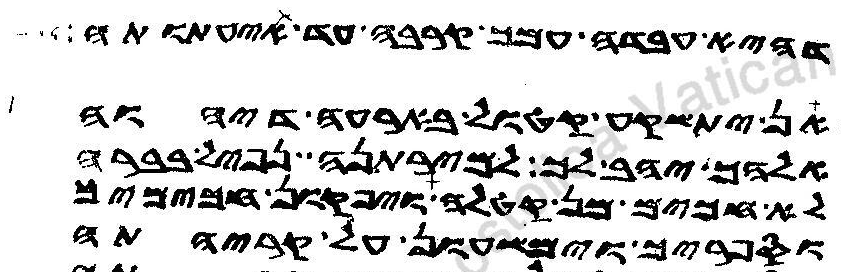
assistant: דהיא עבדה עמך קרבה עד תנעתנה
אן יתשקע קטול בארעה דיהוה
אלהך יהב לך למירתנה נפיל בברה
לא חכים מן קטלה ויפקון חכימיך
וספריך וימשעון על קריהתה